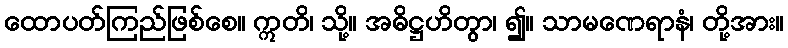
ထောပတ်ကြည်ဖြစ်စေ။ ဣတိ၊ သို့။ အဓိဋ္ဌဟိတွာ၊ ၍။ သာမဏေရာနံ၊ တို့အား။